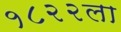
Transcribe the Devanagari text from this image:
१८२२ला